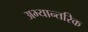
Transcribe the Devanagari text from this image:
अभ्यान्तरिक